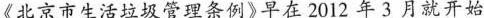
《北京市生活垃圾管理条例》早在2012年3月就开始